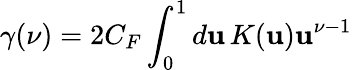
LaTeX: \gamma(\nu)=2C_{F}\int_{0}^{1}d\mathbf{u}\, K(\mathbf{u})\mathbf{u}^{\nu-1}